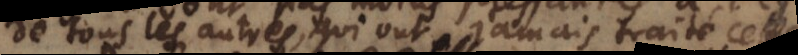
de tous les autres, qui ont jamais traité cette